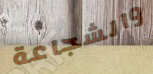
والشجاعة